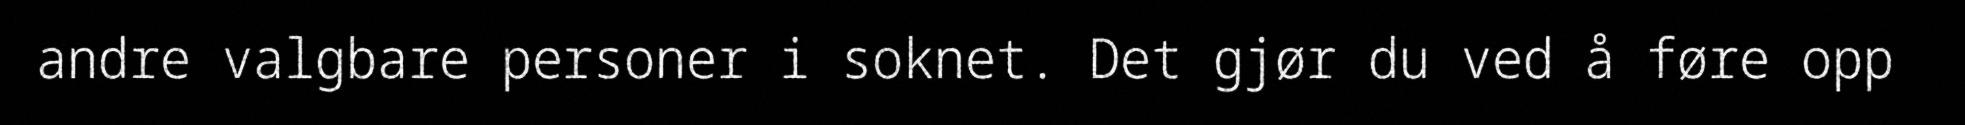
andre valgbare personer i soknet. Det gjør du ved å føre opp